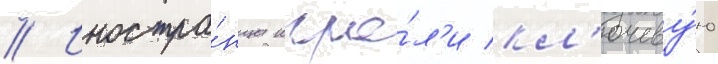
// Иностра́нцы игра́л'и кл'ючеву́ю